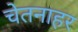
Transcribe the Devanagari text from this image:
चेतनाहर